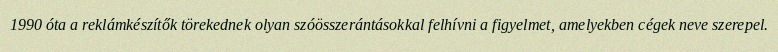
1990 óta a reklámkészítők törekednek olyan szóösszerántásokkal felhívni a figyelmet, amelyekben cégek neve szerepel.